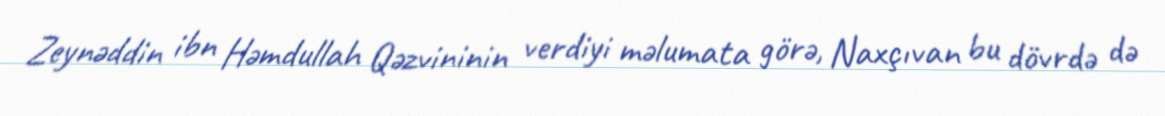
Zeynəddin ibn Həmdullah Qəzvininin verdiyi məlumata görə, Naxçıvan bu dövrdə də